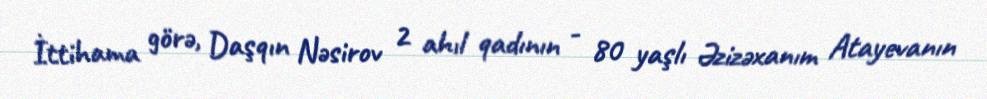
İttihama görə, Daşqın Nəsirov 2 ahıl qadının - 80 yaşlı Əzizəxanım Atayevanın